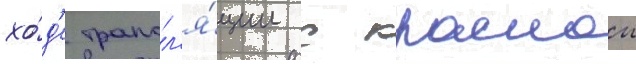
хо́д'е трансл'я́ции с краснои